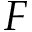
F